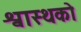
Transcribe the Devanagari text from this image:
श्वास्थको